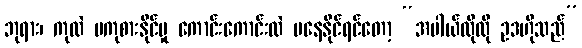
ဘုရား၊ ကုလဲ မကုစားနိုင်မှု ကောင်းကောင်းလဲ မနေနိုင်ရင်တော့ “အပါယ်ထိုထို ဥဒဟိုသည်”